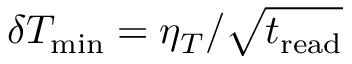
\delta T _ { \mathrm { m i n } } = \eta _ { T } / \sqrt { t _ { \mathrm { r e a d } } }